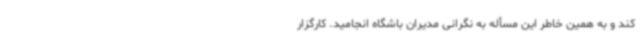
کند و به همین خاطر این مسأله به نگرانی مدیران باشگاه انجامید. کارگزار